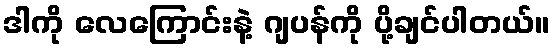
ဒါကို လေကြောင်းနဲ့ ဂျပန်ကို ပို့ချင်ပါတယ်။